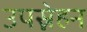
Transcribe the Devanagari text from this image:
उपस्नेहन